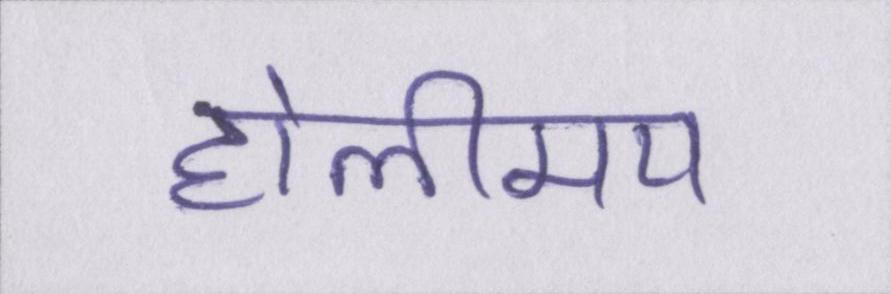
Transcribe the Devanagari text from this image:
होलीमय